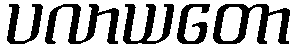
ပလာယတော